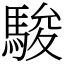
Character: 駿